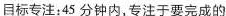
目标专注：45分钟内，专注于要完成的